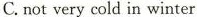
C.not very cold in winter